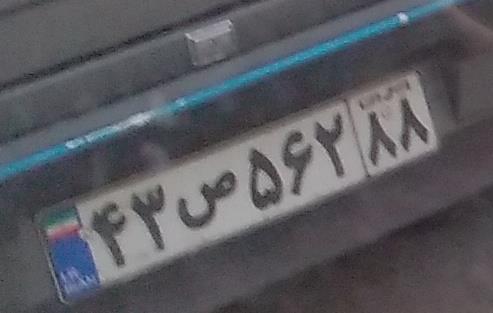
۴۳ص۵۶۲۸۸